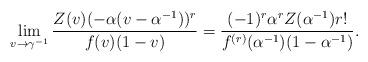
LaTeX: \begin{align*} \lim_{v \to \gamma^{-1}} \frac{Z(v)(-\alpha(v - \alpha^{-1}))^r}{f(v)(1-v)} = \frac{(-1)^{r}\alpha^r Z(\alpha^{-1})r!}{f^{(r)}(\alpha^{-1})(1 - \alpha^{-1})}. \end{align*}